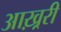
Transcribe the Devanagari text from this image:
आख़्ररी